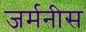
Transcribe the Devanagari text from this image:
जर्मनीस